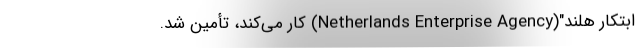
ابتکار هلند"(Netherlands Enterprise Agency) کار می‌کند، تأمین شد.